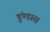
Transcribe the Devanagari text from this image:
डुंण्डास